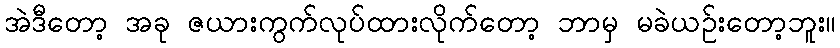
အဲဒီတော့ အခု ဇယားကွက်လုပ်ထားလိုက်တော့ ဘာမှ မခဲယဉ်းတော့ဘူး။